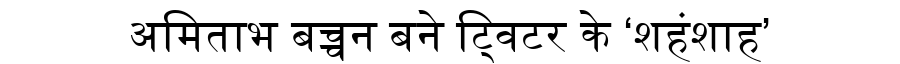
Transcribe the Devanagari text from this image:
अमिताभ बच्चन बने ट्विटर के ‘शहंशाह’